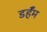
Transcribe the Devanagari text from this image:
डर्हॅम